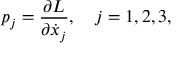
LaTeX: p _ { j } = { \frac { \partial L } { \partial \dot { x } _ { j } } } , \ \ \ j = 1 , 2 , 3 ,